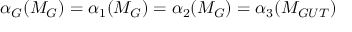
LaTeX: \alpha _ { G } ( M _ { G } ) = \alpha _ { 1 } ( M _ { G } ) = \alpha _ { 2 } ( M _ { G } ) = \alpha _ { 3 } ( M _ { G U T } )